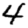
Digit: 4